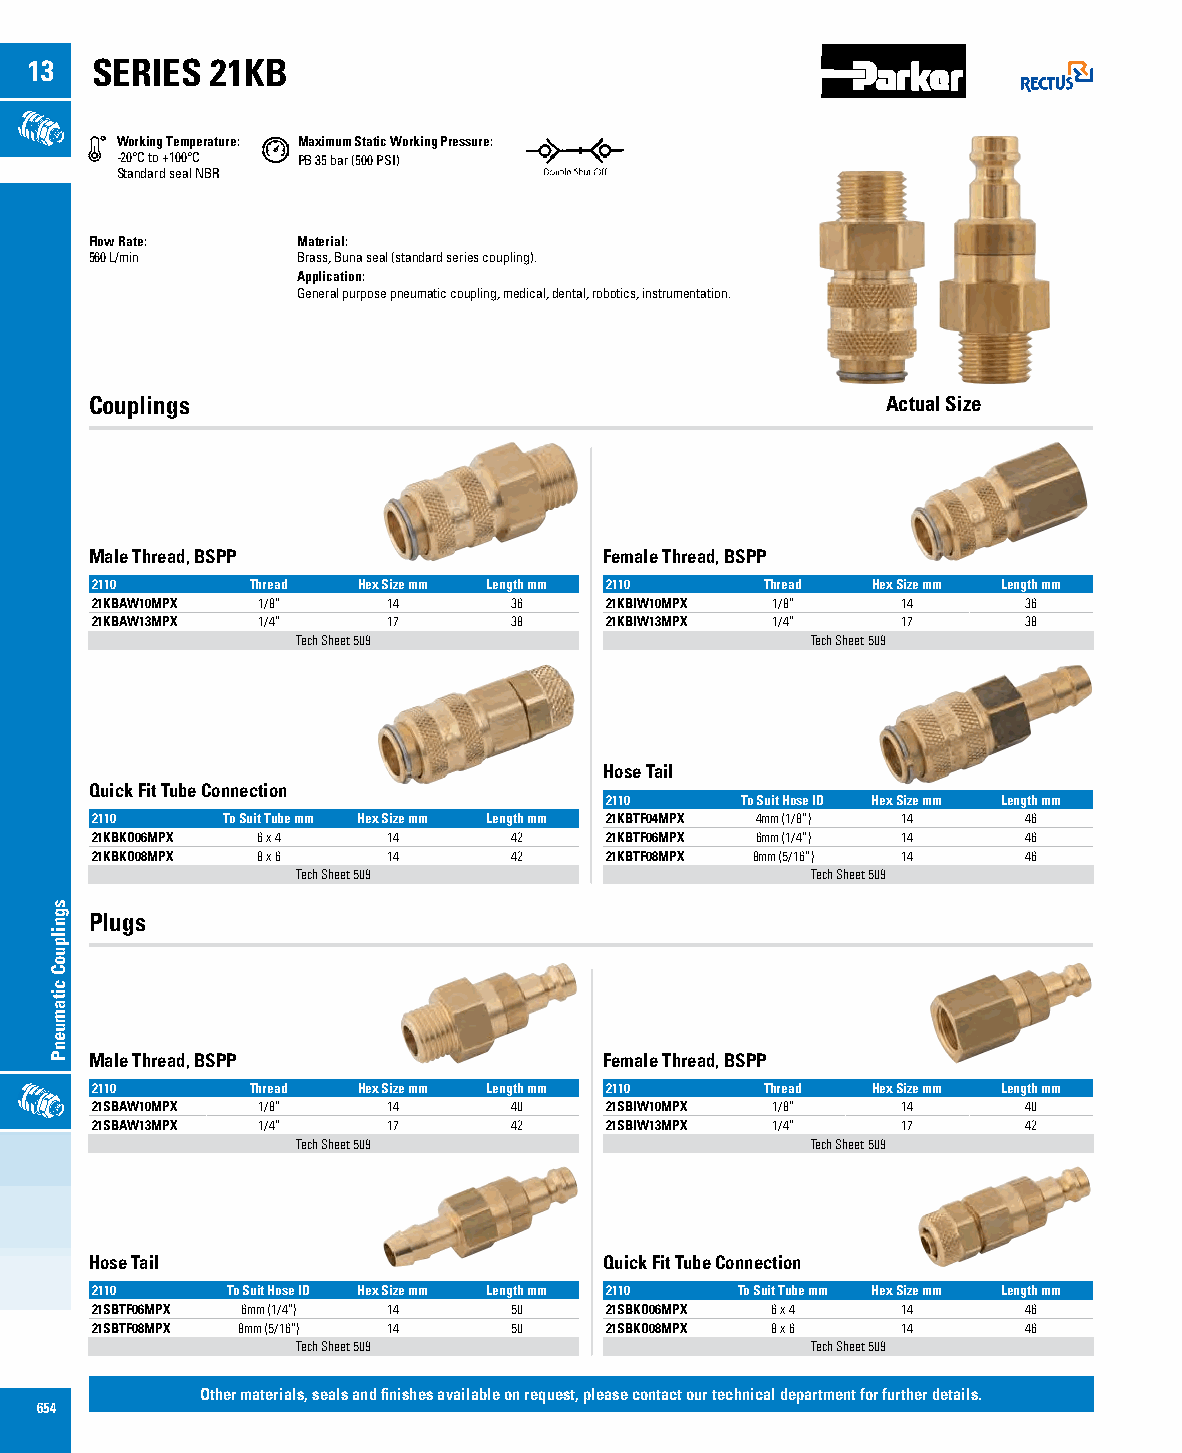
13  SERIES  21KB
 Working Temperature: Maximum Static Working Pressure:
 -20°C to +100°C PB 35 bar (500 PSI)
 Standard seal NBR
 Flow Rate:    Material:
 560 L/min     Brass, Buna seal (standard series coupling).
 Application:
 General purpose pneumatic coupling, medical, dental, robotics, instrumentation.
 Couplings                                            Actual Size
 Male Thread, BSPP                 Female Thread, BSPP
 2110       Thread Hex Size mm Length mm 2110 Thread Hex Size mm Length mm
 21KBAW10MPX 1/8”    14      36    21KBIW10MPX 1/8”    14      36
 21KBAW13MPX 1/4”    17      38    21KBIW13MPX 1/4”    17      38
 Tech Sheet 509                    Tech Sheet 509
 Hose Tail
 Quick Fit Tube Connection
 2110     To Suit Hose ID Hex Size mm Length mm
 2110     To Suit Tube mm Hex Size mm Length mm 21KBTF04MPX 4mm (1/8”) 14 46
 21KBKO06MPX 6 x 4   14      42    21KBTF06MPX 6mm (1/4”) 14   46
 21KBKO08MPX 8 x 6   14      42    21KBTF08MPX 8mm (5/16”) 14  46
 Tech Sheet 509                    Tech Sheet 509
 Plugs
 Male Thread, BSPP                 Female Thread, BSPP
 2110       Thread Hex Size mm Length mm 2110 Thread Hex Size mm Length mm
 21SBAW10MPX 1/8”    14      40    21SBIW10MPX 1/8”    14      40
 21SBAW13MPX 1/4”    17      42    21SBIW13MPX 1/4”    17      42
 Tech Sheet 509                    Tech Sheet 509
 Hose Tail                         Quick Fit Tube Connection
 2110     To Suit Hose ID Hex Size mm Length mm 2110 To Suit Tube mm Hex Size mm Length mm
 21SBTF06MPX 6mm (1/4”) 14   50    21SBKO06MPX 6 x 4   14      46
 21SBTF08MPX 8mm (5/16”) 14  50    21SBKO08MPX 8 x 6   14      46
 Tech Sheet 509                    Tech Sheet 509
 Other materials, seals and finishes available on request, please contact our technical department for further details.
 654
 sgnilpuoC
 citamuenP